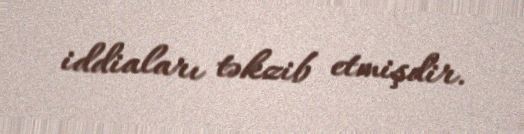
iddiaları təkzib etmişdir.